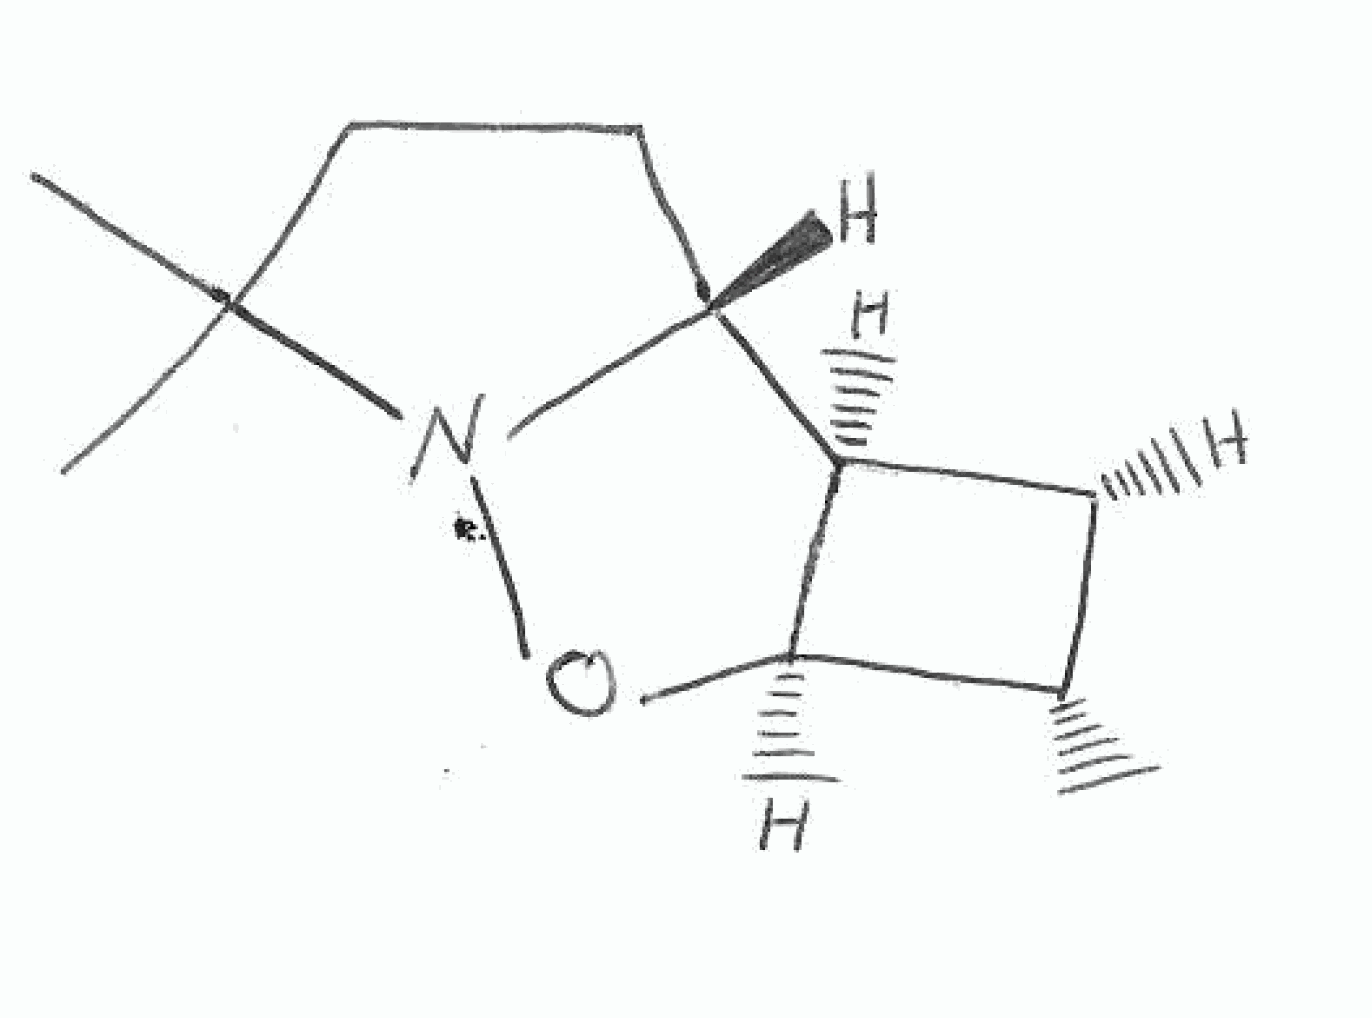
Simplified molecular-input line-entry system (SMILES) notation of the given molecule:
C[C@@H]1[C@@H]([C@@H]2[C@H]1[C@H]3CCC(N3O2)(C)C)C